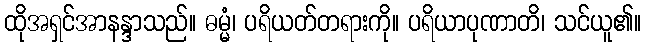
ထိုအရှင်အာနန္ဒာသည်။ ဓမ္မံ၊ ပရိယတ်တရားကို။ ပရိယာပုဏာတိ၊ သင်ယူ၏။